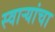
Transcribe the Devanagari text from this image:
स्वार्‍यांचा